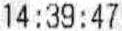
14:39:47